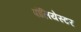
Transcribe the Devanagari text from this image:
पौलियेस्टर